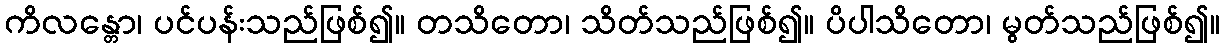
ကိလန္တော၊ ပင်ပန်းသည်ဖြစ်၍။ တသိတော၊ သိတ်သည်ဖြစ်၍။ ပိပါသိတော၊ မွတ်သည်ဖြစ်၍။